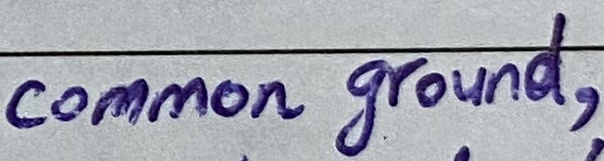
Text: common ground,